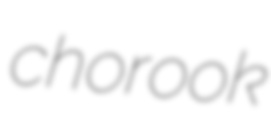
chorook